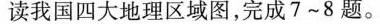
读我国四大地理区域图，完成7~8题。